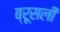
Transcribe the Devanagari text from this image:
ब्रूसली